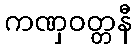
ကဏှဝတ္တနီ